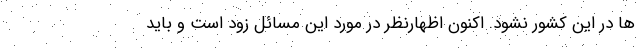
ها در این کشور نشود. اکنون اظهارنظر در مورد این مسائل زود است و باید